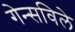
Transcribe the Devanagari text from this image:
गेन्सविले